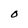
Character: O